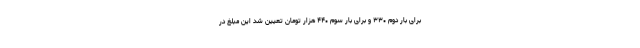
برای بار دوم ۳۳۰ و برای بار سوم ۴۴۰ هزار تومان تعیین شد این مبلغ در